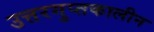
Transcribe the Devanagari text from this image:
उत्तरगुप्तकालीन